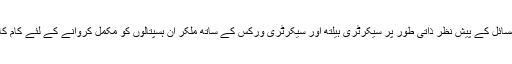
عوام کو درپیش مسائل کے پیش نظر ذاتی طور پر سیکرٹری ہیلتھ اور سیکرٹری ورکس کے ساتھ ملکر ان ہسپتالوں کو مکمل کروانے کے لئے کام کا آغاز کر دیا ہے۔